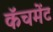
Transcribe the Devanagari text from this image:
कॅचमेंट